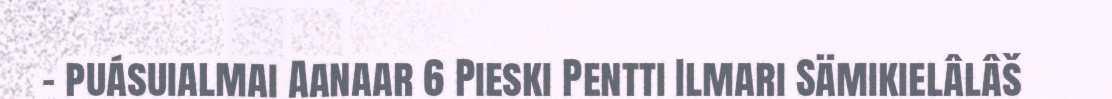
- puásuialmai Aanaar 6 Pieski Pentti Ilmari Sämikielâlâš